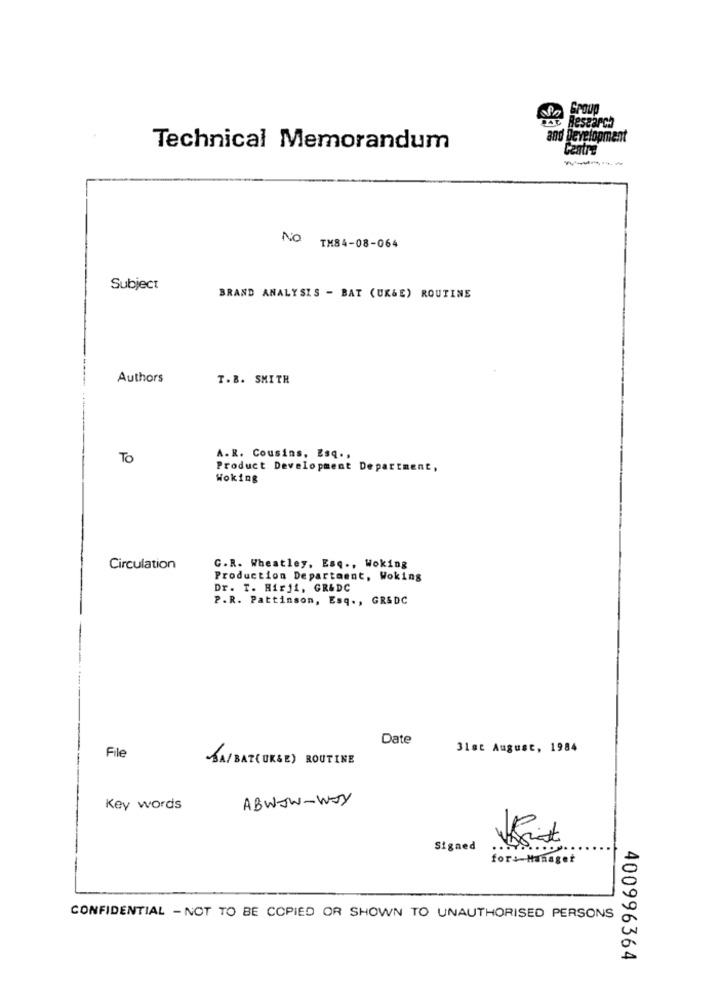
Group
Research
and Development
Technical Memorandum
Centre
NO TH84-08-064
Subject
BRAND ANALYSIS - BAT (UK&E) ROUTINE
Authors
T.B. SMITH
TO
A.R. Cousins, Esq. ,
Product Development Department,
Woking
Circulation
G.R. Wheatley, Esq ., Woking
Production Department, Woking
Dr. I. Hirji, GR&DC
P.R. Pattinson, Esq ., GR&DC
Date
31st August, 1984
File
-SA/BAT(UKSE) ROUTINE
ABWOW-WAY
Key words
Signed
for+-Manager
CONFIDENTIAL - NOT TO BE COPIED OR SHOWN TO UNAUTHORISED PERSONS
400996364